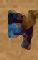
প